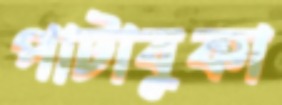
পাটাবুকা